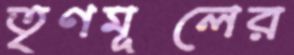
তৃণমূলের